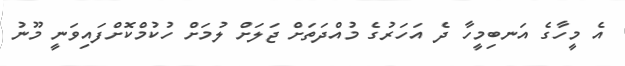
އެ މީހާގެ އަނބިމީހާ ދެ އަހަރުގެ މުއްދަތަށް ޖަލަށް ލުމަށް ހުކުމްކޮށްފައިވަނީ މޫނު